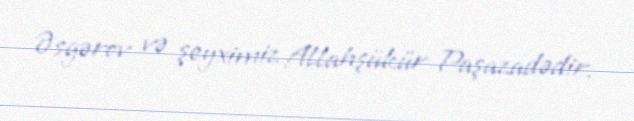
Əsgərov və şeyximiz Allahşükür Paşazadədir.